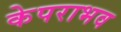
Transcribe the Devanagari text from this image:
केपराभव